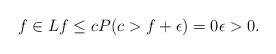
LaTeX: \begin{align*}f\in Lf\le cP(c>f+\epsilon)=0\epsilon>0.\end{align*}